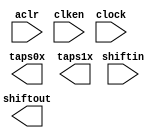
// megafunction wizard: %Shift register (RAM-based)%VBB%
// GENERATION: STANDARD
// VERSION: WM1.0
// MODULE: ALTSHIFT_TAPS 

// ============================================================
// Megafunction Name(s):
// 			ALTSHIFT_TAPS
//
// Simulation Library Files(s):
// 			altera_mf
// ============================================================
// ************************************************************
// THIS IS A WIZARD-GENERATED FILE. DO NOT EDIT THIS FILE!
//
// 16.1.0 Build 196 10/24/2016 SJ Lite Edition
// ************************************************************

//Copyright (C) 2016  Intel Corporation. All rights reserved.
//Your use of Intel Corporation's design tools, logic functions 
//and other software and tools, and its AMPP partner logic 
//functions, and any output files from any of the foregoing 
//(including device programming or simulation files), and any 
//associated documentation or information are expressly subject 
//to the terms and conditions of the Intel Program License 
//Subscription Agreement, the Intel Quartus Prime License Agreement,
//the Intel MegaCore Function License Agreement, or other 
//applicable license agreement, including, without limitation, 
//that your use is for the sole purpose of programming logic 
//devices manufactured by Intel and sold by Intel or its 
//authorized distributors.  Please refer to the applicable 
//agreement for further details.

module line_buffer3x3_1bit (
	aclr,
	clken,
	clock,
	shiftin,
	shiftout,
	taps0x,
	taps1x);

	input	  aclr;
	input	  clken;
	input	  clock;
	input	[0:0]  shiftin;
	output	[0:0]  shiftout;
	output	[0:0]  taps0x;
	output	[0:0]  taps1x;
`ifndef ALTERA_RESERVED_QIS
// synopsys translate_off
`endif
	tri1	  aclr;
	tri1	  clken;
`ifndef ALTERA_RESERVED_QIS
// synopsys translate_on
`endif

endmodule

// ============================================================
// CNX file retrieval info
// ============================================================
// Retrieval info: PRIVATE: ACLR NUMERIC "1"
// Retrieval info: PRIVATE: CLKEN NUMERIC "1"
// Retrieval info: PRIVATE: GROUP_TAPS NUMERIC "1"
// Retrieval info: PRIVATE: INTENDED_DEVICE_FAMILY STRING "MAX 10"
// Retrieval info: PRIVATE: NUMBER_OF_TAPS NUMERIC "2"
// Retrieval info: PRIVATE: RAM_BLOCK_TYPE NUMERIC "1"
// Retrieval info: PRIVATE: SYNTH_WRAPPER_GEN_POSTFIX STRING "0"
// Retrieval info: PRIVATE: TAP_DISTANCE NUMERIC "9"
// Retrieval info: PRIVATE: WIDTH NUMERIC "1"
// Retrieval info: LIBRARY: altera_mf altera_mf.altera_mf_components.all
// Retrieval info: CONSTANT: INTENDED_DEVICE_FAMILY STRING "MAX 10"
// Retrieval info: CONSTANT: LPM_HINT STRING "RAM_BLOCK_TYPE=M9K"
// Retrieval info: CONSTANT: LPM_TYPE STRING "altshift_taps"
// Retrieval info: CONSTANT: NUMBER_OF_TAPS NUMERIC "2"
// Retrieval info: CONSTANT: TAP_DISTANCE NUMERIC "9"
// Retrieval info: CONSTANT: WIDTH NUMERIC "1"
// Retrieval info: USED_PORT: aclr 0 0 0 0 INPUT VCC "aclr"
// Retrieval info: USED_PORT: clken 0 0 0 0 INPUT VCC "clken"
// Retrieval info: USED_PORT: clock 0 0 0 0 INPUT NODEFVAL "clock"
// Retrieval info: USED_PORT: shiftin 0 0 1 0 INPUT NODEFVAL "shiftin[0..0]"
// Retrieval info: USED_PORT: shiftout 0 0 1 0 OUTPUT NODEFVAL "shiftout[0..0]"
// Retrieval info: USED_PORT: taps0x 0 0 1 0 OUTPUT NODEFVAL "taps0x[0..0]"
// Retrieval info: USED_PORT: taps1x 0 0 1 0 OUTPUT NODEFVAL "taps1x[0..0]"
// Retrieval info: CONNECT: @aclr 0 0 0 0 aclr 0 0 0 0
// Retrieval info: CONNECT: @clken 0 0 0 0 clken 0 0 0 0
// Retrieval info: CONNECT: @clock 0 0 0 0 clock 0 0 0 0
// Retrieval info: CONNECT: @shiftin 0 0 1 0 shiftin 0 0 1 0
// Retrieval info: CONNECT: shiftout 0 0 1 0 @shiftout 0 0 1 0
// Retrieval info: CONNECT: taps0x 0 0 1 0 @taps 0 0 1 0
// Retrieval info: CONNECT: taps1x 0 0 1 0 @taps 0 0 1 1
// Retrieval info: GEN_FILE: TYPE_NORMAL line_buffer3x3_1bit.v TRUE
// Retrieval info: GEN_FILE: TYPE_NORMAL line_buffer3x3_1bit.inc FALSE
// Retrieval info: GEN_FILE: TYPE_NORMAL line_buffer3x3_1bit.cmp FALSE
// Retrieval info: GEN_FILE: TYPE_NORMAL line_buffer3x3_1bit.bsf FALSE
// Retrieval info: GEN_FILE: TYPE_NORMAL line_buffer3x3_1bit_inst.v FALSE
// Retrieval info: GEN_FILE: TYPE_NORMAL line_buffer3x3_1bit_bb.v TRUE
// Retrieval info: LIB_FILE: altera_mf